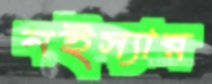
নইস্যার